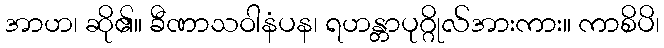
အာဟ၊ ဆို၏။ ခီဏာသဝါနံပန၊ ရဟန္တာပုဂ္ဂိုလ်အားကား။ ကာစိပိ၊